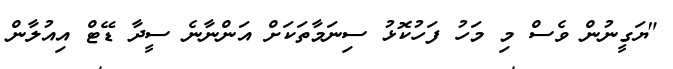
"ޔަގީނުން ވެސް މި މަހު ފަހުކޮޅު ސިނަމާތަކަށް އަންނާނެ ސީދާ ޑޭޓް އިއުލާން